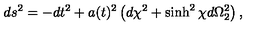
d s ^ { 2 } = - d t ^ { 2 } + a ( t ) ^ { 2 } \left( d \chi ^ { 2 } + \sinh ^ { 2 } \chi d \Omega _ { 2 } ^ { 2 } \right) ,